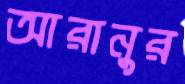
আরানুর